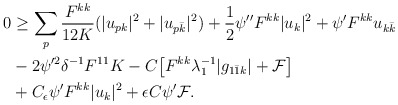
\begin{align*} \begin{aligned}0 &\geq \sum_p\frac{F^{kk}}{12K}(|u_{pk}|^2 + |u_{p\bar k}|^2) +\frac{1}{2}\psi'' F^{kk}|u_k|^2 + \psi' F^{kk}u_{k\bar k} \\&- 2\psi'^2\delta^{-1}F^{11}K - C\big[F^{kk}\lambda_1^{-1}|g_{1\bar 1k}| + \mathcal{F}\big] \\&+ C_\epsilon\psi'F^{kk}|u_k|^2 + \epsilon C\psi'\mathcal{F}. \end{aligned}\end{align*}